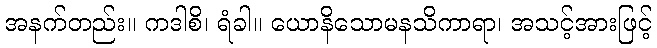
အနက်တည်း။ ကဒါစိ၊ ရံခါ။ ယောနိသောမနသိကာရာ၊ အသင့်အားဖြင့်